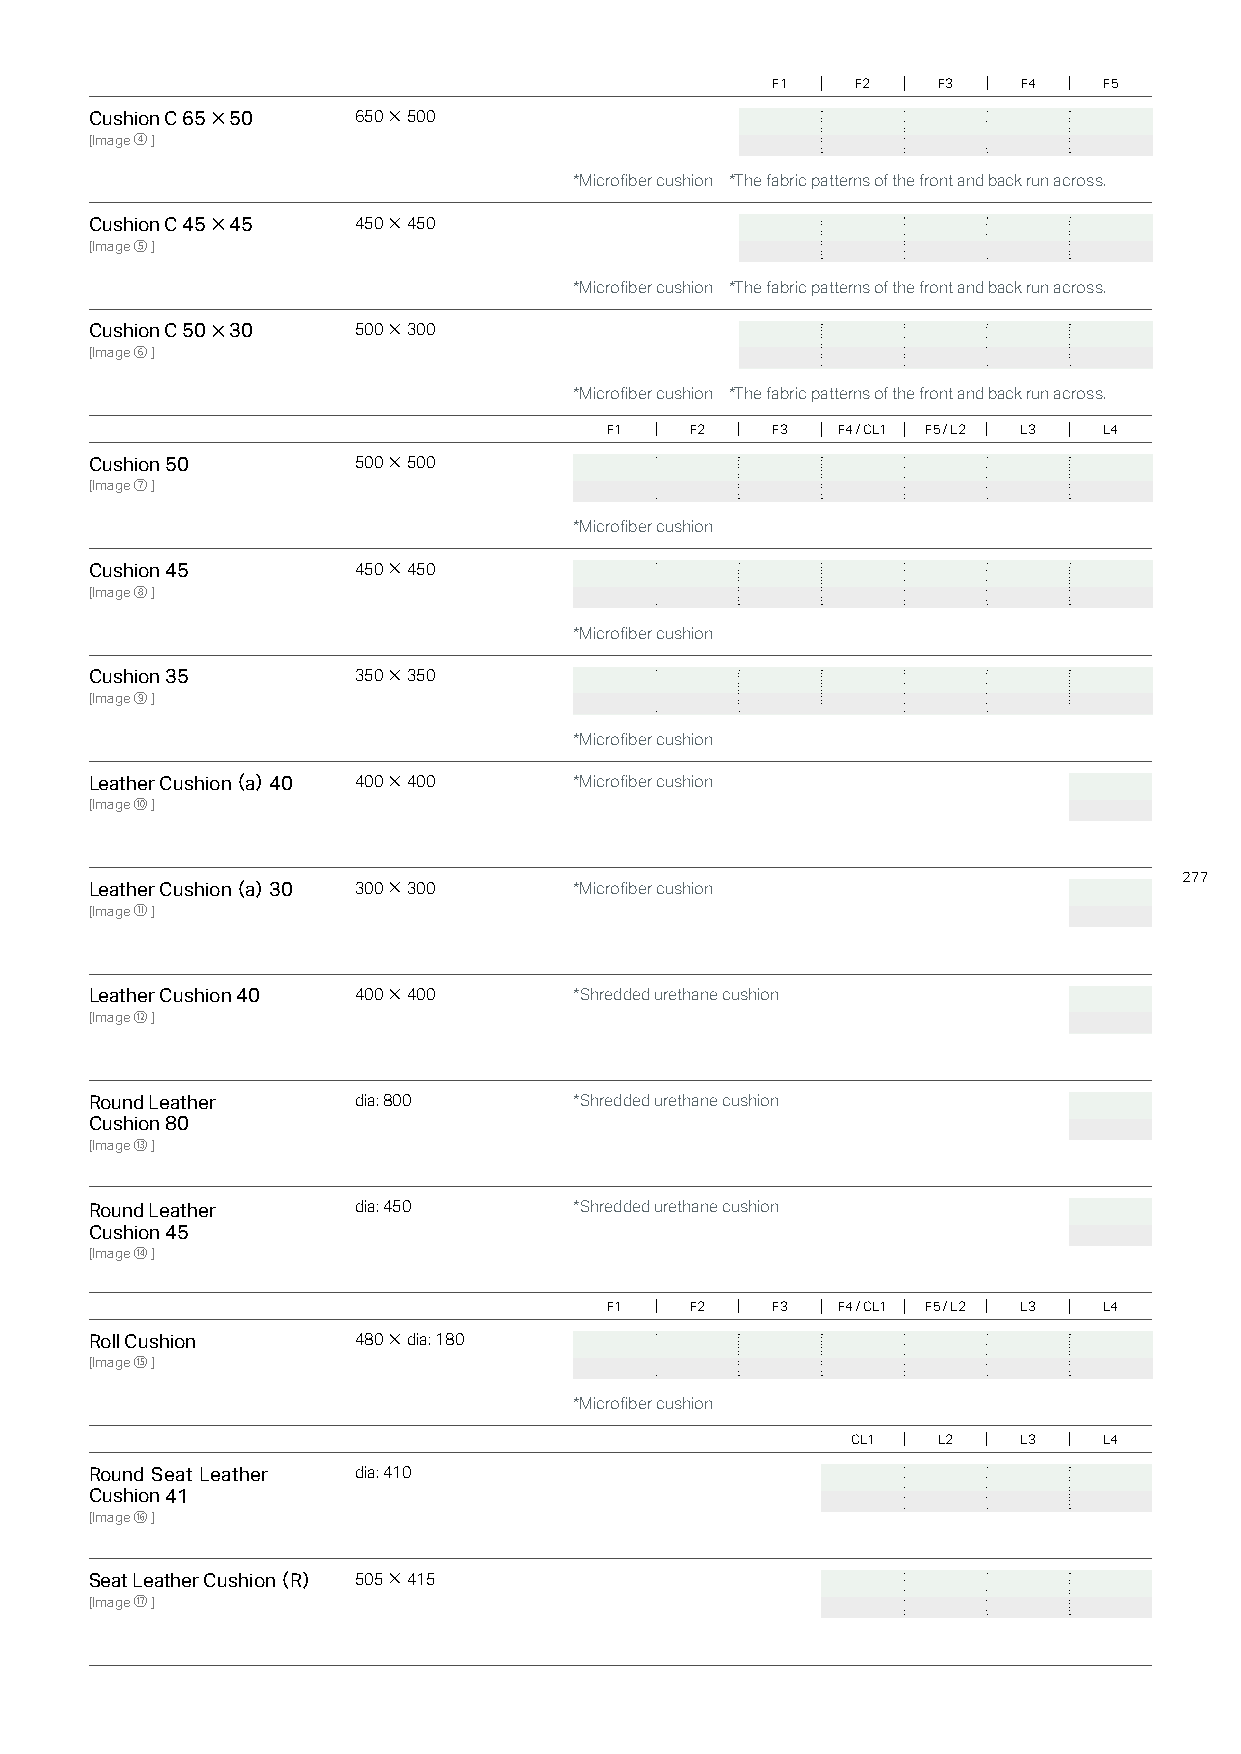
F1    F2   F3    F4   F5
 Cushion C 65×50  650×500
 [Image④]
 *Microfiber cushion *The fabric patterns of the front and back run across.
 Cushion C 45×45  450×450
 [Image⑤]
 *Microfiber cushion *The fabric patterns of the front and back run across.
 Cushion C 50×30  500×300
 [Image⑥]
 *Microfiber cushion *The fabric patterns of the front and back run across.
 F1    F2   F3  F4 / CL1 F5 / L2 L3 L4
 Cushion 50       500×500
 [Image⑦]
 *Microfiber cushion
 Cushion 45       450×450
 [Image⑧]
 *Microfiber cushion
 Cushion 35       350×350
 [Image⑨]
 *Microfiber cushion
 Leather Cushion（ a） 40 400×400  *Microfiber cushion
 [Image⑩]
 277
 Leather Cushion（ a） 30 300×300  *Microfiber cushion
 [Image⑪]
 Leather Cushion 40 400×400      *Shredded urethane cushion
 [Image⑫]
 Round Leather    dia: 800       *Shredded urethane cushion
 Cushion 80
 [Image⑬]
 Round Leather    dia: 450       *Shredded urethane cushion
 Cushion 45
 [Image⑭]
 F1    F2   F3  F4 / CL1 F5 / L2 L3 L4
 Roll Cushion     480×dia: 180
 [Image⑮]
 *Microfiber cushion
 CL1   L2    L3   L4
 Round Seat Leather dia: 410
 Cushion 41
 [Image⑯]
 Seat Leather Cushion（R） 505×415
 [Image⑰]